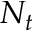
N _ { t }